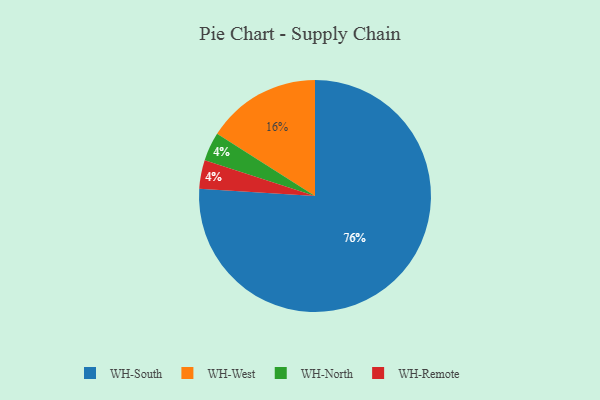
{"axis": {"x": "Category", "y": "Percentage"}, "legend": ["WH-North", "WH-Remote", "WH-South", "WH-West"], "data": [{"x": "WH-South", "y": 76, "type": "WH-South"}, {"x": "WH-North", "y": 4, "type": "WH-North"}, {"x": "WH-West", "y": 16, "type": "WH-West"}, {"x": "WH-Remote", "y": 4, "type": "WH-Remote"}]}